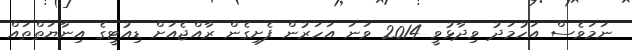
ނަމަވެސް އަހުމަދު ވިދާޅުވީ 2014 ވަނަ އަހަރުން ފެށިގެން ރާއްޖެއަށް ޑިއުޓީގެ އިނާޔަތްތައް